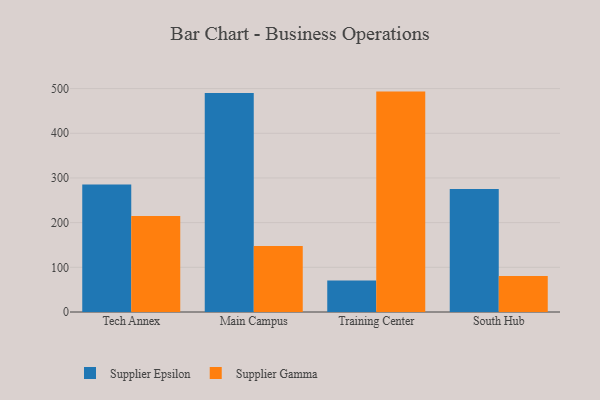
{"axis": {"x": "Campus", "y": "Tickets Resolved"}, "legend": ["Supplier Epsilon", "Supplier Gamma"], "data": [{"x": "Tech Annex", "y": 285.3, "type": "Supplier Epsilon"}, {"x": "Tech Annex", "y": 214.6, "type": "Supplier Gamma"}, {"x": "Main Campus", "y": 490.1, "type": "Supplier Epsilon"}, {"x": "Main Campus", "y": 147.9, "type": "Supplier Gamma"}, {"x": "Training Center", "y": 70.7, "type": "Supplier Epsilon"}, {"x": "Training Center", "y": 493.3, "type": "Supplier Gamma"}, {"x": "South Hub", "y": 275.2, "type": "Supplier Epsilon"}, {"x": "South Hub", "y": 80.8, "type": "Supplier Gamma"}]}